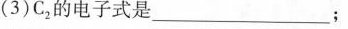
(3)C_{2}的电子式是_______；